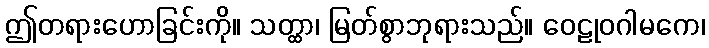
ဤတရားဟောခြင်းကို။ သတ္ထာ၊ မြတ်စွာဘုရားသည်။ ဝေဠုဝဂါမကေ၊